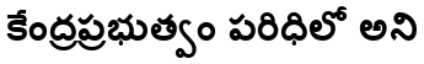
కేంద్రప్రభుత్వం పరిధిలో అని